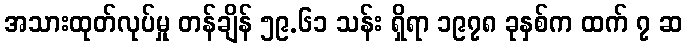
အသားထုတ်လုပ်မှု တန်ချိန် ၅၉.၆၁ သန်း ရှိရာ ၁၉၇၈ ခုနှစ်က ထက် ၇ ဆ